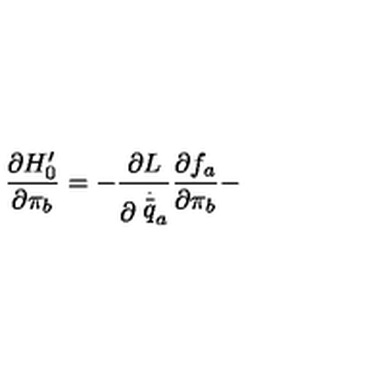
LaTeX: \frac { \partial H _ { 0 } ^ { \prime } } { \partial \pi _ { b } } = - \frac { \partial L } { \partial \stackrel { \stackrel { . } { \_ } } { q } _ { a } } \frac { \partial f _ { a } } { \partial \pi _ { b } } -